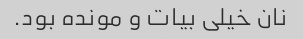
نان خیلی بیات و مونده بود.